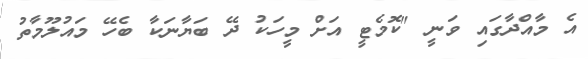
އެ މާއްދާގައި ވަނީ "ކޮމެޓީ އަށް މީހަކު ދޭ ބަޔާނަކާ ބެހޭ މައުލޫމާތު